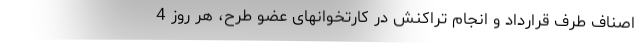
اصناف طرف قرارداد و انجام تراکنش در کارتخوانهای عضو طرح، هر روز 4